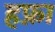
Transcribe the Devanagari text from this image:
हफ्ना